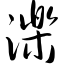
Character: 泺